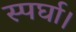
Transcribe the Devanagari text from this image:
स्पर्घा।